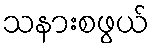
သနားစဖွယ်